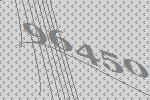
96450